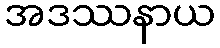
အဒဿနာယ